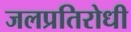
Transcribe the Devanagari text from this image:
जलप्रतिरोधी